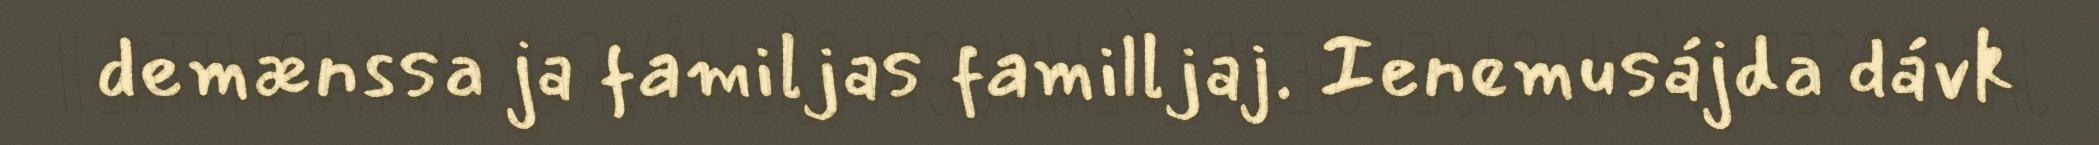
demænssa ja familjas familljaj. Ienemusájda dávk